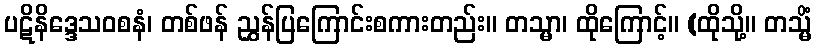
ပဋိနိဒ္ဒေသဝစနံ၊ တစ်ဖန် ညွှန်ပြကြောင်းစကားတည်း။ တသ္မာ၊ ထိုကြောင့်။ (ထိုသို့။ တသ္မိံ